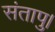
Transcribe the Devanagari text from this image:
संतापु।